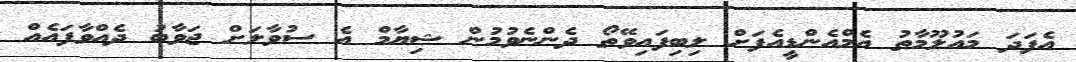
އެފަދަ މައުލޫމާތު އެމްއެންޑީއެފަށް ލިބިފައިވޭތޯ ދެންނެވުމުން ޝިޔާމް އެ ސުވާލަށް ޖަވާބު ދެއްވާފައެއް